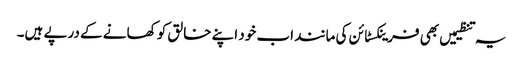
یہ تنظیمیں بھی فرینکسٹائن کی مانند اب خود اپنے خالق کو کھانے کے درپے ہیں۔